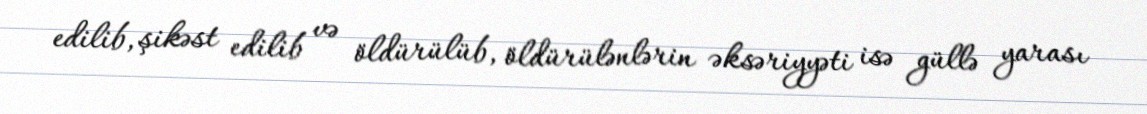
edilib, şikəst edilib və öldürülüb, öldürülənlərin əksəriyyəti isə güllə yarası